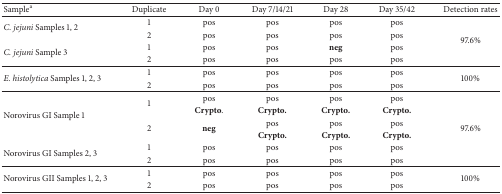
<table><thead><tr><td><b>Sample<sup>a</sup></b></td><td><b>Duplicate</b></td><td><b>Day 0</b></td><td><b>Day 7/14/21</b></td><td><b>Day 28</b></td><td><b>Day 35/42</b></td><td><b>Detection rates</b></td></tr></thead><tbody><tr><td rowspan="2"><i>C. jejuni</i> Samples 1, 2</td><td>1</td><td>pos</td><td>pos</td><td>pos</td><td>pos</td><td rowspan="4">97.6%</td></tr><tr><td>2</td><td>pos</td><td>pos</td><td>pos</td><td>pos</td></tr><tr><td rowspan="2"><i>C. jejuni</i> Sample 3</td><td>1</td><td>pos</td><td>pos</td><td><b>neg</b></td><td>pos</td></tr><tr><td>2</td><td>pos</td><td>pos</td><td>pos</td><td>pos</td></tr><tr><td rowspan="2"><i>E. histolytica </i>Samples 1, 2, 3</td><td>1</td><td>pos</td><td>pos</td><td>pos</td><td>pos</td><td rowspan="2">100%</td></tr><tr><td>2</td><td>pos</td><td>pos</td><td>pos</td><td>pos</td></tr><tr><td rowspan="4">Norovirus GI Sample 1</td><td rowspan="2">1</td><td>pos</td><td>pos</td><td>pos</td><td>pos</td><td rowspan="6">97.6%</td></tr><tr><td><b>Crypto</b>.</td><td><b>Crypto.</b></td><td><b>Crypto.</b></td><td><b>Crypto.</b></td></tr><tr><td rowspan="2">2</td><td rowspan="2"><b>neg</b></td><td>pos</td><td>pos</td><td>pos</td></tr><tr><td><b>Crypto.</b></td><td><b>Crypto.</b></td><td><b>Crypto.</b></td></tr><tr><td rowspan="2">Norovirus GI Samples 2, 3</td><td>1</td><td>pos</td><td>pos</td><td>pos</td><td>pos</td></tr><tr><td>2</td><td>pos</td><td>pos</td><td>pos</td><td>pos</td></tr><tr><td rowspan="2">Norovirus GII Samples 1, 2, 3</td><td>1</td><td>pos</td><td>pos</td><td>pos</td><td>pos</td><td rowspan="2">100%</td></tr><tr><td>2</td><td>pos</td><td>pos</td><td>pos</td><td>pos</td></tr></tbody></table>